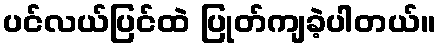
ပင်လယ်ပြင်ထဲ ပြုတ်ကျခဲ့ပါတယ်။